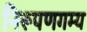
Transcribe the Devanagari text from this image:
निरूपणगम्य